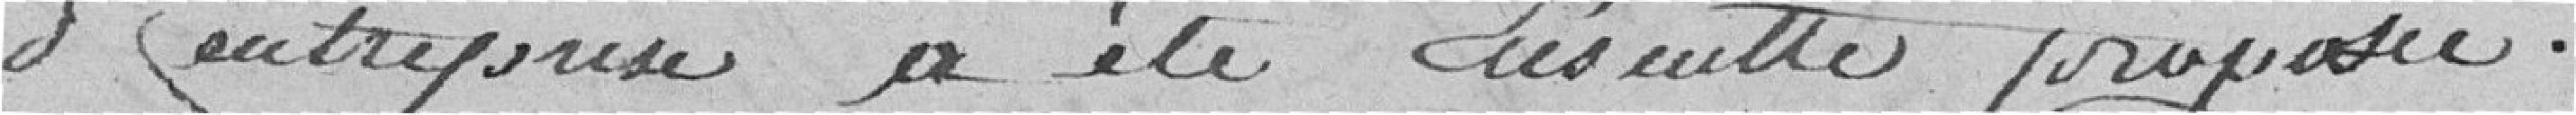
d'entreprise a été ensuite proposée.